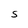
Character: S